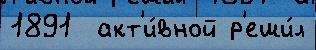
1891  акт'и́вной р'еши́л